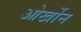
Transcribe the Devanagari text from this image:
ओर्खोन